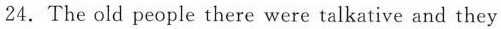
24.The old people there were talkative and they